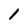
Character: I